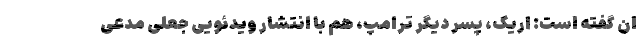
ان گفته است: اریک، پسر دیگر ترامپ، هم با انتشار ویدئویی جعلی مدعی